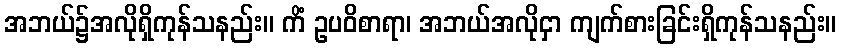
အဘယ်၌အလိုရှိကုန်သနည်း။ ကိံ ဥပဝိစာရာ၊ အဘယ်အလိုငှာ ကျက်စားခြင်းရှိကုန်သနည်း။